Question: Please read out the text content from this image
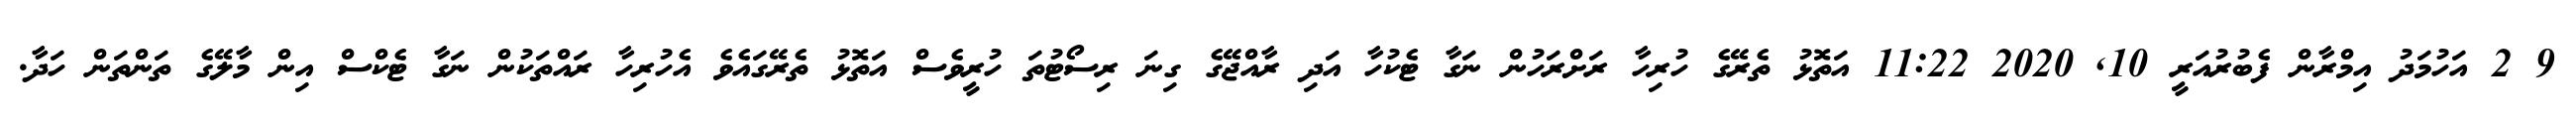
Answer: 9 2 އަހުމަދު އިމްރާން ފެބުރުއަރީ 10, 2020 11:22 އަތޮޅު ތެރޭގެ ހުރިހާ ރަށްރަހުން ނަގާ ޓެކުހާ އަދި ރާއްޖޭގެ ގިނަ ރިސޯޓުތަ ހުރީވެސް އަތޮޅު ތެރޭގައެވެ އެހުރިހާ ރައްތަކުން ނަގާ ޓެކްސް އިން މާލޭގެ ތަންތަން ހަދާ.